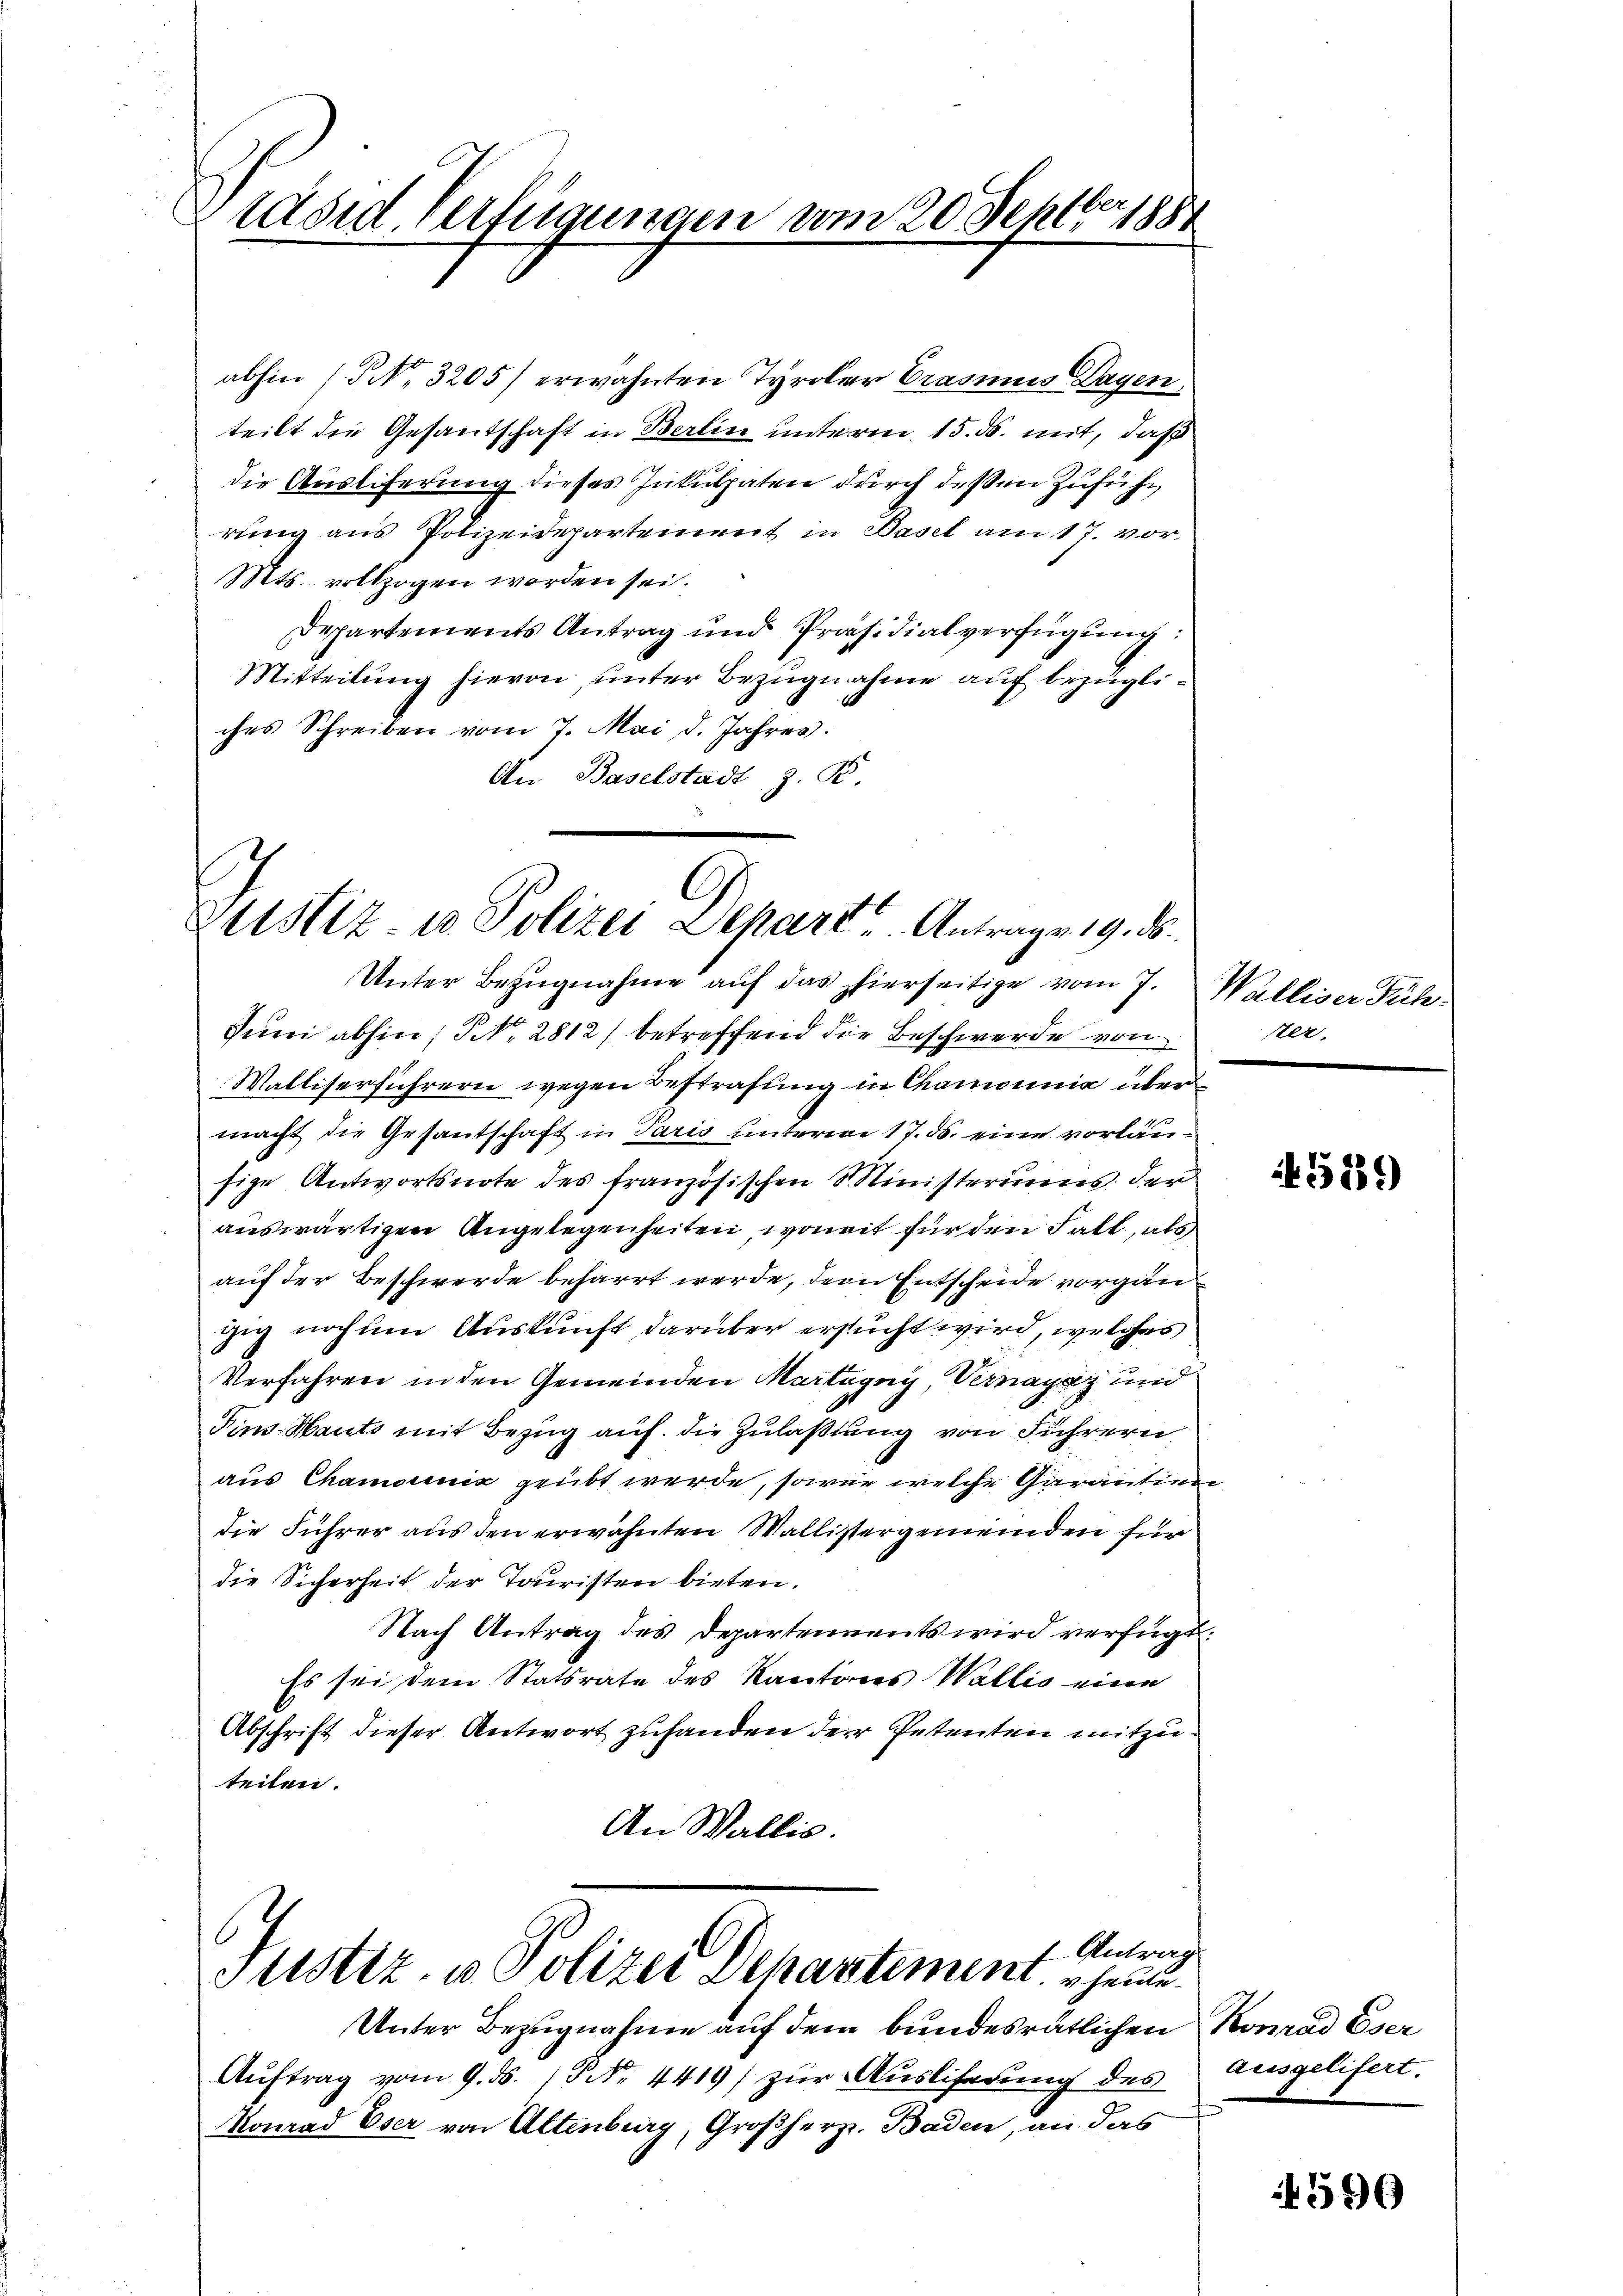
Präsid Verfügungen vom 20. Septbr 1884

abhin (P No. 3205) erwähnten Tyroler Brasius Dayen,
teilt die Gesandschaft in Berlin unterm 15. ds. mit, daß
die Ausliferung dieses Inkulpaten durch deßen Zuführ
rung aus Polizeidepartement in Basel am 17. vor
Mts. vollzogen worden sei.
Departements Antrag und Präsidialverfügung:
Mitteilung hievon, unter Bezugnahme auf bezügliches Schreiben vom 7. Mai d. Jahres:
An Baselstadt z. B.
Justiz- u Polizei Depart Antrage 19. ds.

Unter Bezŭgnahme aŭf das hierseitige vom 7. Walliser Füh-
Juni abhin; NNo. 2812) betreffend die Beschwerde von
Walliserführern wegen Bestrafung in Chamonia übermacht die Gesantschaft in Paris unterem 17. ds. eine vorläusige Antwortsnote des französischen Ministeriums der
auswärtigen Angelegenheiten, womit für den Fall, als
auf der Beschwerde beharrt werde, dem Entscheide vorgänzig nochen Auskunft darüber ersucht wird, welches
Verfahren in den Gemeinden Martagny, Vermagaz und
Fins Hauts mit Bezug auf die Zulaßung von Führern
aus Chamocenić geübt werde, sowie welche Garantinn
die Führer aus den erwähnten Wallistergemeinden für
die Sicherheit der Tauristen bieten.
Nach Antrag des Departenvents wird verfügt:
Es sei dem Statsrate des Kantons Wallis eine
Abschrift dieser Antwort zuhanden der Petenten mitzuteilen.
An Wallis.
6
f Antrag
Justiz- u Polizei Dehartement heute.
Unter Bezugnahme auf dem bundesrätlichen Konrad Eser
Aŭftrag vom 9. ds. (N. 4419) zur Ausliferung des Ausgelifert.
Konrad Eser von Altenburg, Großherz. Baden, an das

ster.

5289)

4596